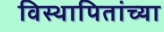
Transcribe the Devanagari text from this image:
विस्थापितांच्या